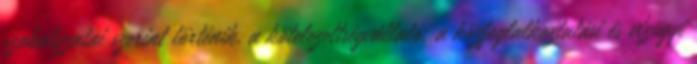
szabályzatai szerint történik. a kötelezettségvállaló: a közfoglalkoztatási és vízügyi